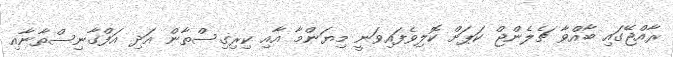
ރާއްޖޭގައި ބާއްވާ ޗެލެންޖް ކަޕަށް ކޮލިވެފައިވަނީ މިޔަންމާ އާއި ކިރިގިސްތާން އަދި އަފްގާނިސްތާނާއި